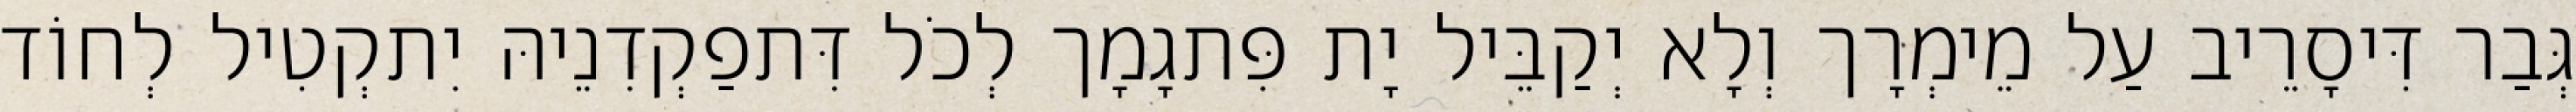
גְּבַר דִּיסָרֵיב עַל מֵימְרָך וְלָא יְקַבֵּיל יָת פִּתגָמָך לְכֹל דִּתפַקְדִנֵיהּ יִתקְטִיל לְחוֹד